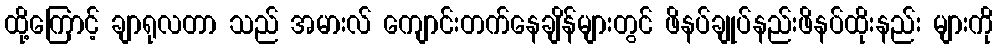
ထို့ကြောင့် ချာရုလတာ သည် အမားလ် ကျောင်းတက်နေချိန်များတွင် ဖိနပ်ချုပ်နည်းဖိနပ်ထိုးနည်း များကို